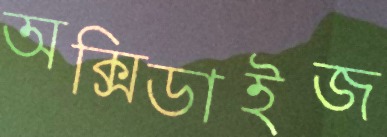
অক্সিডাইজ